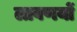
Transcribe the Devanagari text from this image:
लावणयों